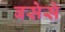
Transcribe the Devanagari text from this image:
बसेसे